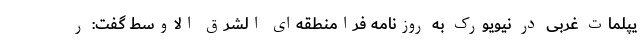
یپلمات غربی در نیویورک به روزنامه فرامنطقه‌ای الشرق الاوسط گفت: ر